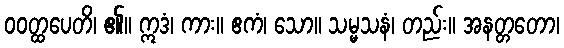
ဝဝတ္ထပေတိ၊ ၏။ ဣဒံ၊ ကား။ ဧကံ၊ သော။ သမ္မသနံ၊ တည်း။ အနတ္တတော၊